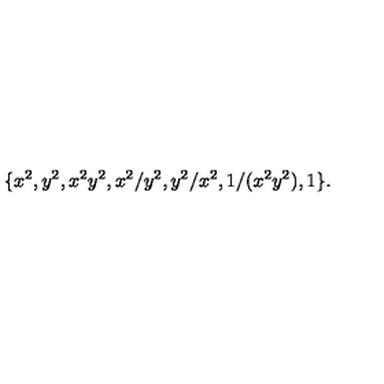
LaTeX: \{ x ^ { 2 } , y ^ { 2 } , x ^ { 2 } y ^ { 2 } , x ^ { 2 } / y ^ { 2 } , y ^ { 2 } / x ^ { 2 } , 1 / ( x ^ { 2 } y ^ { 2 } ) , 1 \} .